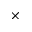
\times